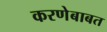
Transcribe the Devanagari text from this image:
करणेबाबत